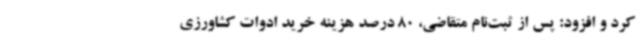
کرد و افزود: پس از ثبت‌نام متقاضی، 80 درصد هزینه خرید ادوات کشاورزی